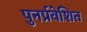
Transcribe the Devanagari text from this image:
पुनर्प्रवेशित